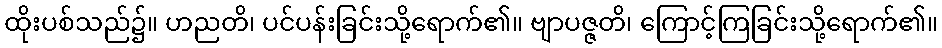
ထိုးပစ်သည်၌။ ဟညတိ၊ ပင်ပန်းခြင်းသို့ရောက်၏။ ဗျာပဇ္ဇတိ၊ ကြောင့်ကြခြင်းသို့ရောက်၏။